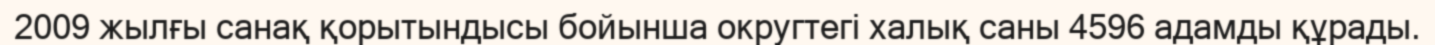
2009 жылғы санақ қорытындысы бойынша округтегі халық саны 4596 адамды құрады.